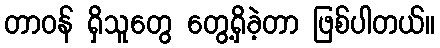
တာဝန် ရှိသူတွေ တွေ့ရှိခဲ့တာ ဖြစ်ပါတယ်။